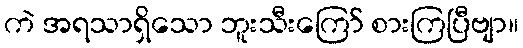
ကဲ အရသာရှိသော ဘူးသီးကြော် စားကြပြီဗျာ။